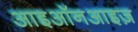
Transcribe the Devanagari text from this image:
आइऑनआइज़